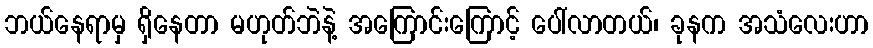
ဘယ်နေရာမှ ရှိနေတာ မဟုတ်ဘဲနဲ့ အကြောင်းကြောင့် ပေါ်လာတယ်၊ ခုနက အသံလေးဟာ